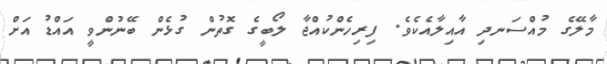
މާލޭގެ މުއްސަނދި އާއިލާއެކެވެ. ފިރިހެންކުއްޖާ ލޯބީގެ ގޮތުން ގުޅެން ބޭނުންވީ އައްޑު އަށް